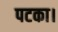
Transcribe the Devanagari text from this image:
पटका।